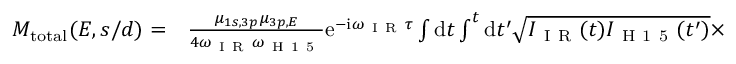
\begin{array} { r l } { M _ { \mathrm { { t o t a l } } } ( E , s / d ) = } & { { } \frac { \mu _ { 1 s , 3 p } \mu _ { 3 p , E } } { 4 \omega _ { \mathrm { ~ I ~ R ~ } } \omega _ { \mathrm { ~ H ~ 1 ~ 5 ~ } } } \mathrm e ^ { - \mathrm i \omega _ { \mathrm { ~ I ~ R ~ } } \tau } \int \mathrm d t \int ^ { t } \mathrm d t ^ { \prime } \sqrt { I _ { \mathrm { ~ I ~ R ~ } } ( t ) I _ { \mathrm { ~ H ~ 1 ~ 5 ~ } } ( t ^ { \prime } ) } \times } \end{array}